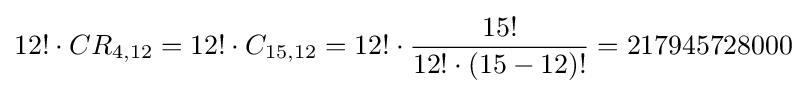
12!\cdot CR_{4,12}=12!\cdot C_{15,12}=12!\cdot {\frac {15!}{12!\cdot (15-12)!}}=217945728000